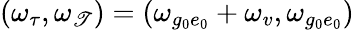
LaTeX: (\omega_{\tau},\omega_{\mathscr{T}})=(\omega_{g_{0}e_{0}}+\omega_{v},\omega_{g_{0}e_{0}})